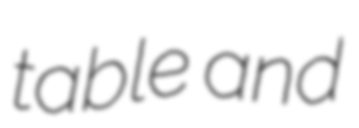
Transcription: table and